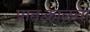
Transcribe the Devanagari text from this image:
प्रातःकाळचा